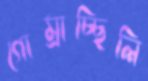
গোম্‌রাচ্ছিলি